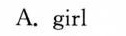
A.girl